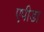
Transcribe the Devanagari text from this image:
एपीडा